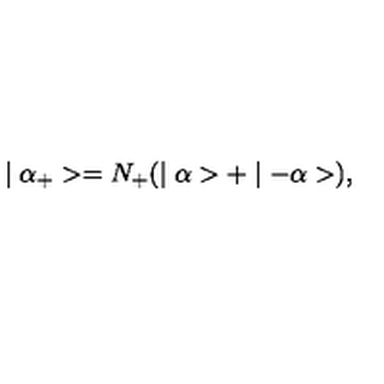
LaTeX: \mid \alpha _ { + } > = N _ { + } ( \mid \alpha > + \mid - \alpha > ) ,